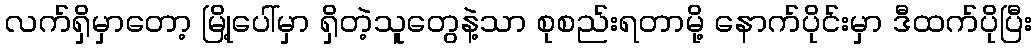
လက်ရှိမှာတော့ မြို့ပေါ်မှာ ရှိတဲ့သူတွေနဲ့သာ စုစည်းရတာမို့ နောက်ပိုင်းမှာ ဒီထက်ပိုပြီး